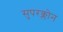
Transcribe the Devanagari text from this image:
सुपरक्लोन